Annual administration report of the Civil Veterinary Department, Ajmere-Merwara, British Rajputana - 1914-1940
Year: 1914
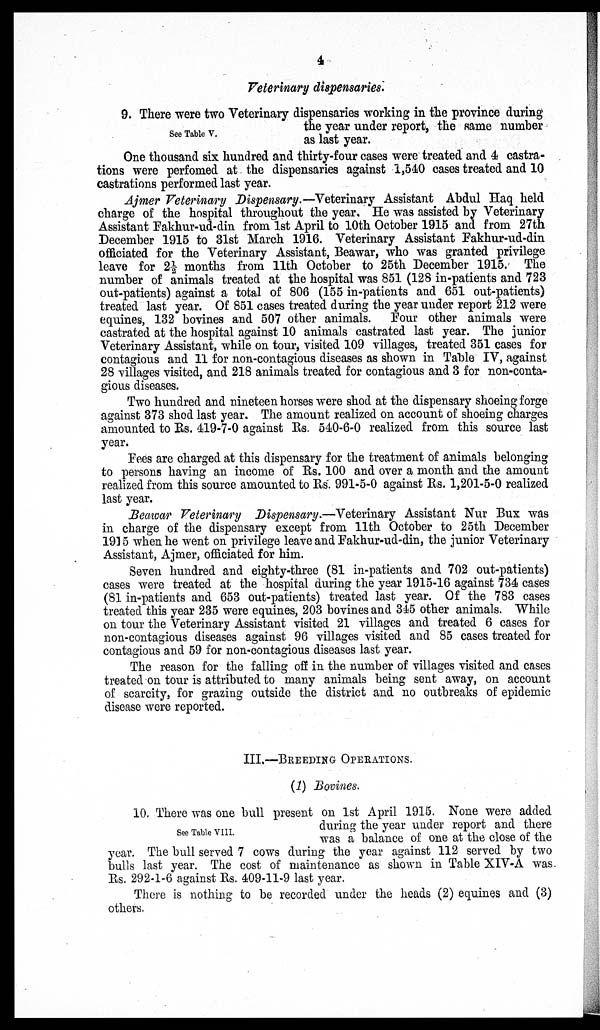
4
Veterinary dispensaries.
See Table V.
9. There were two Veterinary dispensaries working in the province during
the year under report, the same number
as last year.
One thousand six hundred and thirty-four cases were treated and 4 castra-
tions were perfomed at the dispensaries against 1,540 cases treated and 10
castrations performed last year.
Ajmer Veterinary Dispensary.—Veterinary Assistant Abdul Haq held
charge of the hospital throughout the year. He was assisted by Veterinary
Assistant Fakhur-ud-din from 1st April to 10th October 1915 and from 27th
December 1915 to 31st March 1916. Veterinary Assistant Fakhur-ud-din
officiated for the Veterinary Assistant, Beawar, who was granted privilege
leave for 2½ months from 11th October to 25th December 1915. The
number of animals treated at the hospital was 851 (128 in-patients and 723
out-patients) against a total of 806 (155 in-patients and 651 out-patients)
treated last year. Of 851 cases treated during the year under report 212 were
equines, 132 bovines and 507 other animals. Four other animals were
castrated at the hospital against 10 animals castrated last year. The junior
Veterinary Assistant, while on tour, visited 109 villages, treated 351 cases for
contagious and 11 for non-contagious diseases as shown in Table IV, against
28 villages visited, and 218 animals treated for contagious and 3 for non-conta-
gious diseases.
Two hundred and nineteen horses were shod at the dispensary shoeing forge
against 373 shod last year. The amount realized on account of shoeing charges
amounted to Rs. 419-7-0 against Rs. 540-6-0 realized from this source last
year.
Fees are charged at this dispensary for the treatment of animals belonging
to persons having an income of Rs. 100 and over a month and the amount
realized from this source amounted to Rs. 991-5-0 against Rs. 1,201-5-0 realized
last year.
Beawar Veterinary Dispensary.—Veterinary Assistant Nur Bux was
in charge of the dispensary except from 11th October to 25th December
1915 when he went on privilege leave and Fakhur-ud-din, the junior Veterinary
Assistant, Ajmer, officiated for him.
Seven hundred and eighty-three (81 in-patients and 702 out-patients)
cases were treated at the hospital during the year 1915-16 against 734 cases
(81 in-patients and 653 out-patients) treated last year. Of the 783 cases
treated this year 235 were equines, 203 bovines and 345 other animals. While
on tour the Veterinary Assistant visited 21 villages and treated 6 cases for
non-contagious diseases against 96 villages visited and 85 cases treated for
contagious and 59 for non-contagious diseases last year.
The reason for the falling off in the number of villages visited and cases
treated on tour is attributed to many animals being sent away, on account
of scarcity, for grazing outside the district and no outbreaks of epidemic
disease were reported.
III.—BREEDING OPERATIONS.
(1) Bovines.
See Table VIII.
10. There was one bull present on 1st April 1915. None were added
during the year under report and there
was a balance of one at the close of the
year. The bull served 7 cows during the year against 112 served by two
bulls last year. The cost of maintenance as shown in Table XIV-A was
Rs. 292-1-6 against Rs. 409-11-9 last year.
There is nothing to be recorded under the heads (2) equines and (3)
others.